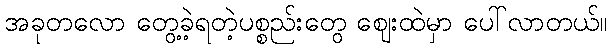
အခုတလော တွေ့ခဲ့ရတဲ့ပစ္စည်းတွေ ဈေးထဲမှာ ပေါ်လာတယ်။